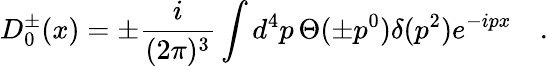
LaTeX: D_{0}^{\pm}(x)=\pm\frac{i}{(2\pi)^{3}}\int d^{4}p\, \Theta(\pm p^{0})\delta(p^{2})e^{-ipx}\quad.